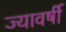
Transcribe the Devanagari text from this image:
ज्यावर्षी